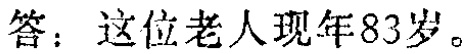
答：这位老人现年83岁。